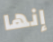
إنها